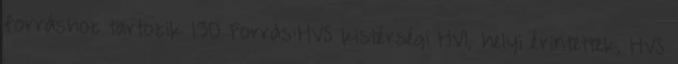
forráshoz tartozik 130 Forrás:HVS kistérségi HVI, helyi érintettek, HVS